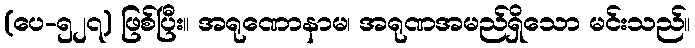
(ပေ-၅၂၇) ဖြစ်ပြီး။ အရုဏောနာမ၊ အရုဏအမည်ရှိသော မင်းသည်။